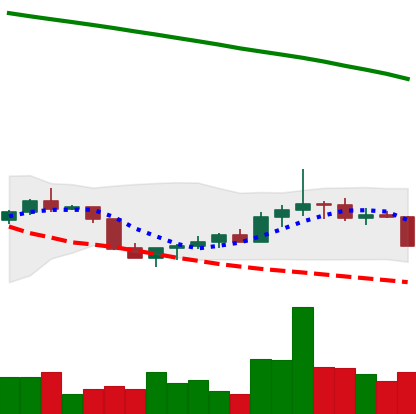
Ticker: DOGE-USD
Chart end date: 2022-07-25
Forward return: 11.777%
Label: up_7plus